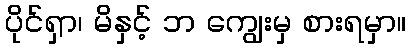
ပိုင်ရှာ၊ မိနှင့် ဘ ကျွေးမှ စားရမှာ။